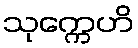
သုက္ကေဟိ